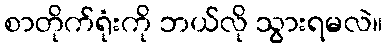
စာတိုက်ရုံးကို ဘယ်လို သွားရမလဲ။